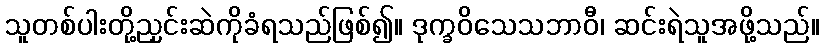
သူတစ်ပါးတို့ညှင်းဆဲကိုခံရသည်ဖြစ်၍။ ဒုက္ခဝိသေသဘာဝီ၊ ဆင်းရဲသူအဖို့သည်။